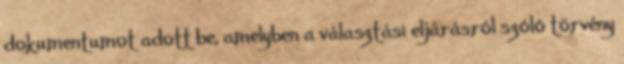
dokumentumot adott be, amelyben a választási eljárásról szóló törvény